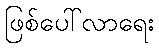
ဖြစ်ပေါ်လာရေး